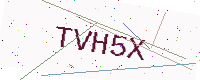
Text: TVH5X